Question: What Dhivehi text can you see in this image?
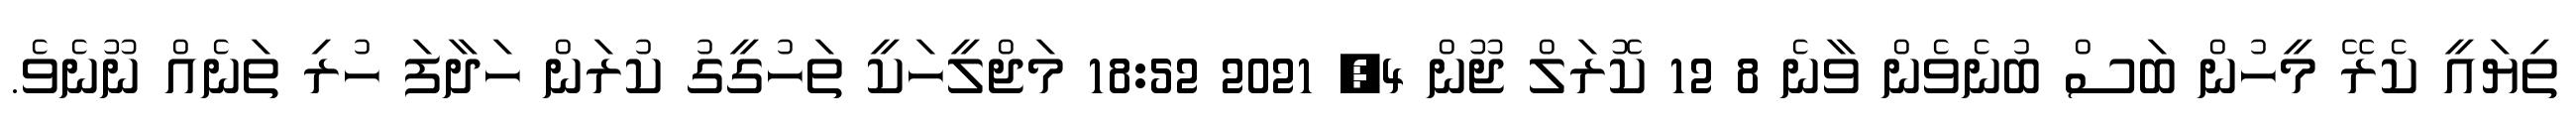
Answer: ތިޔައީ ކެރޭ މީހުން ބަސް ބުނެވެން ވާނެ 8 12 ކޮރަލް ޖޫން 4, 2021 18:52 މަޖްލީހަކީ ތަހުގީގު ކުރަން ހަދާފަ ހުރި ތަނެއް ނޫނެވެ.